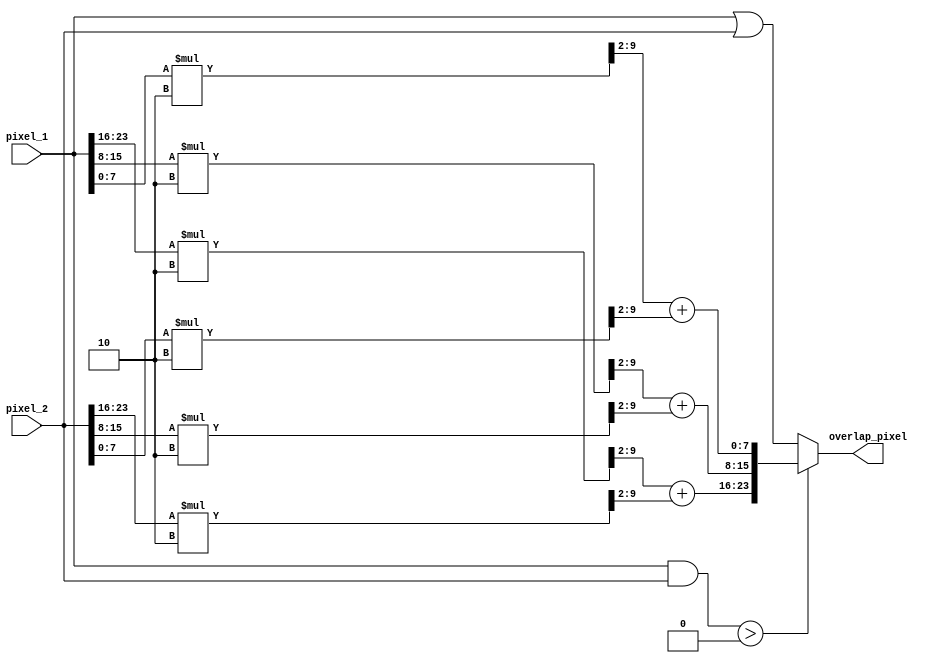
`timescale 1ns / 1ps
//////////////////////////////////////////////////////////////////////////////////
// Company:        MIT 6.111 Final Project
// 
// Module Name:    Alpha Blend
// Project Name:   FPGA Radar Guidance
//
//////////////////////////////////////////////////////////////////////////////////   
   
module alpha_blend 
   #(parameter ALPHA_M = 2,ALPHA_N = 4,ALPHA_N_LOG_2 = 2)
   (input [23:0] pixel_1,
    input [23:0] pixel_2,
    output [23:0] overlap_pixel);
     
   // compute the alpha blend of the rover and the target
   wire [7:0] alpha_blend_R;
   wire [7:0] alpha_blend_G;
   wire [7:0] alpha_blend_B;
   wire [23:0] alpha_blend_pixel;
	assign alpha_blend_R = ((pixel_1[23:16]*ALPHA_M)>>ALPHA_N_LOG_2) + 
	                           ((pixel_2[23:16]*(ALPHA_N-ALPHA_M))>>ALPHA_N_LOG_2);
	assign alpha_blend_G = ((pixel_1[15:8]*ALPHA_M)>>ALPHA_N_LOG_2) + 
	                           ((pixel_2[15:8]*(ALPHA_N-ALPHA_M))>>ALPHA_N_LOG_2);
	assign alpha_blend_B = ((pixel_1[7:0]*ALPHA_M)>>ALPHA_N_LOG_2) +
	                           ((pixel_2[7:0]*(ALPHA_N-ALPHA_M))>>ALPHA_N_LOG_2);
   assign alpha_blend_pixel = {alpha_blend_R, alpha_blend_G, alpha_blend_B};
   
   // show either the alpha blend or the one that exists if they don't overlap
	assign overlap_pixel = ((pixel_1 & pixel_2) > 0) ? alpha_blend_pixel : (pixel_1 | pixel_2);
   
endmodule